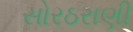
સોરઠરાણી